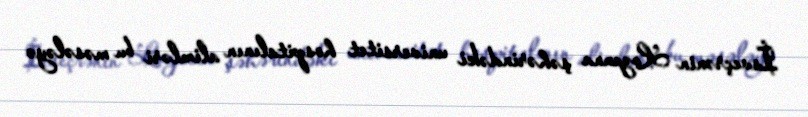
İsveçrənin Lozanna şəhərindəki universitet hospitalının alimləri bu məsələyə